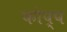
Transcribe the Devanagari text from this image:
फोप्प